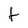
Character: f